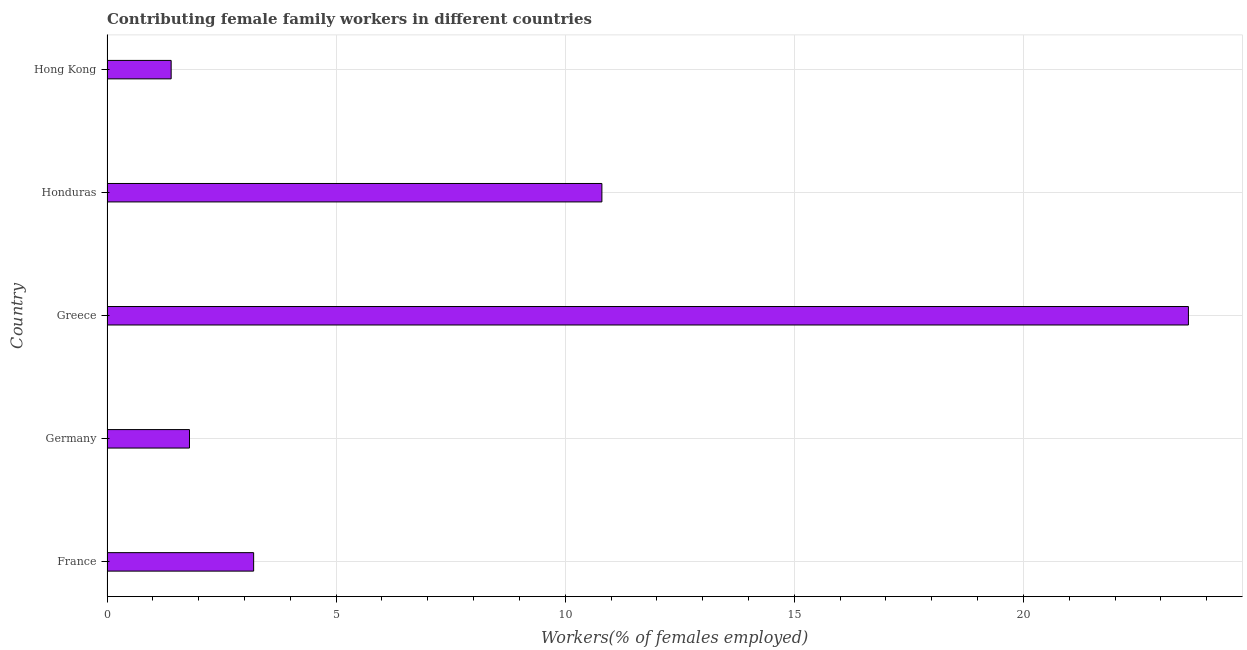
| Country | Contributing family workers |
 | --- | --- |
 | France | 3.2 |
 | Germany | 1.8 |
 | Greece | 23.6 |
 | Honduras | 10.8 |
 | Hong Kong | 1.4 |